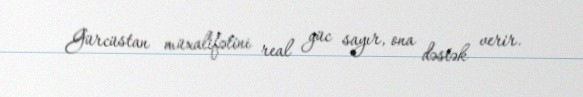
Gürcüstan müxalifətini real güc sayır, ona dəstək verir.